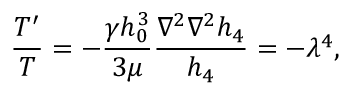
\frac { T ^ { \prime } } { T } = - \frac { \gamma h _ { 0 } ^ { 3 } } { 3 \mu } \frac { \nabla ^ { 2 } \nabla ^ { 2 } h _ { 4 } } { h _ { 4 } } = - \lambda ^ { 4 } ,